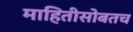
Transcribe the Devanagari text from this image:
माहितीसोबतच